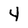
Character: 4